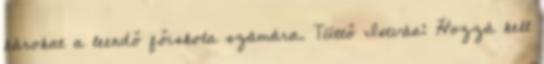
károkat a leendő főiskola számára. Tüttő István: Hozzá kell